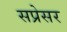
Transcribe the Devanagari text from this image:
सप्रेसर